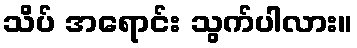
သိပ် အရောင်း သွက်ပါလား။